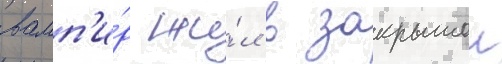
вамп'и́р жи́л в закрытои